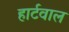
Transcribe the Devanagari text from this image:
हार्टवाल